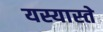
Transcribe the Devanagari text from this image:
यस्यास्ते